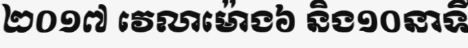
២០១៧ វេលាម៉ោង៦ និង១០នាទី